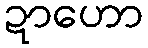
ဍာဟော